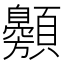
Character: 䫵